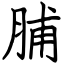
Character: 脯